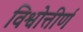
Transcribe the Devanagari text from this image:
विश्वोत्तीर्ण